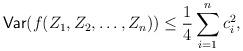
LaTeX: \begin{align*}\mathsf{Var}(f(Z_1,Z_2,\ldots,Z_n)) \leq \frac{1}{4}\sum_{i=1}^n c_i^2,\end{align*}